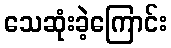
သေဆုံးခဲ့ကြောင်း